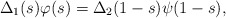
\begin{align*}\Delta_1(s)\varphi(s)=\Delta_2(1-s)\psi(1-s), \end{align*}